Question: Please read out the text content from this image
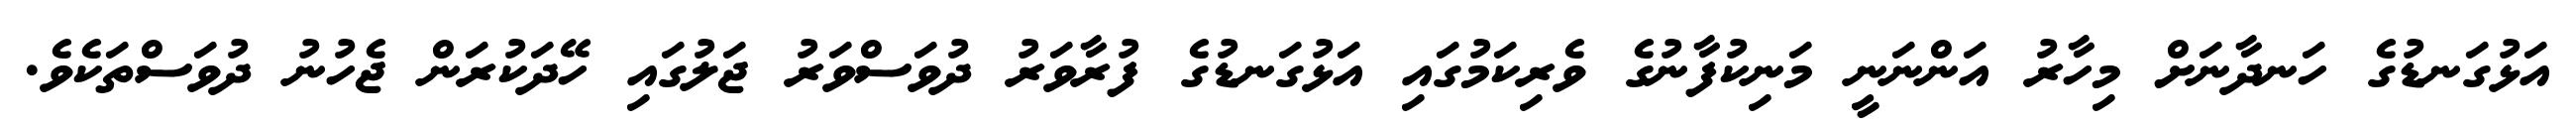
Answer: އަޅުގަނޑުގެ ހަނދާނަށް މިހާރު އަންނަނީ މަނިކުފާނުގެ ވެރިކަމުގައި އަޅުގަނޑުގެ ފުރާވަރު ދުވަސްވަރު ޖަލުގައި ހޭދަކުރަން ޖެހުނު ދުވަސްތަކެވެ.